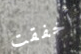
أخفقت